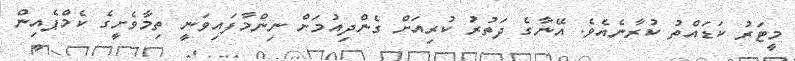
މީޓަރު ކަޑައްތު ކުރާނެއެވެ. އޭނާގެ ދަތުރު ކުރިއަށް ގެންދިއުމަށް ނިންމާފައިވަނީ ތިމާވެށީގެ ކެމްޕެއިން